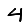
Digit: 4